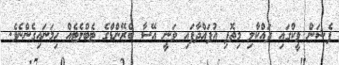
ފެޝަން ވީކްގައި ދައްކާލި މިތޮފި އުފައްދާފައި ވަނީ އޭސާ ބްރޭންޑްގެ ޓެބްލެޓެއް ހިމަނައިގެންނެވެ.